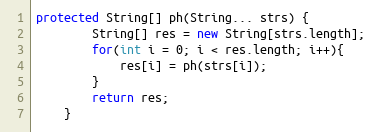
Language: Java
protected String[] ph(String... strs) {
        String[] res = new String[strs.length];
        for(int i = 0; i < res.length; i++){
            res[i] = ph(strs[i]);
        }
        return res;
    }